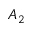
A _ { 2 }